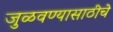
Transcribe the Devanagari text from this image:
जुळवण्यासाठीचे